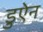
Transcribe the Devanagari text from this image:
डुऐन